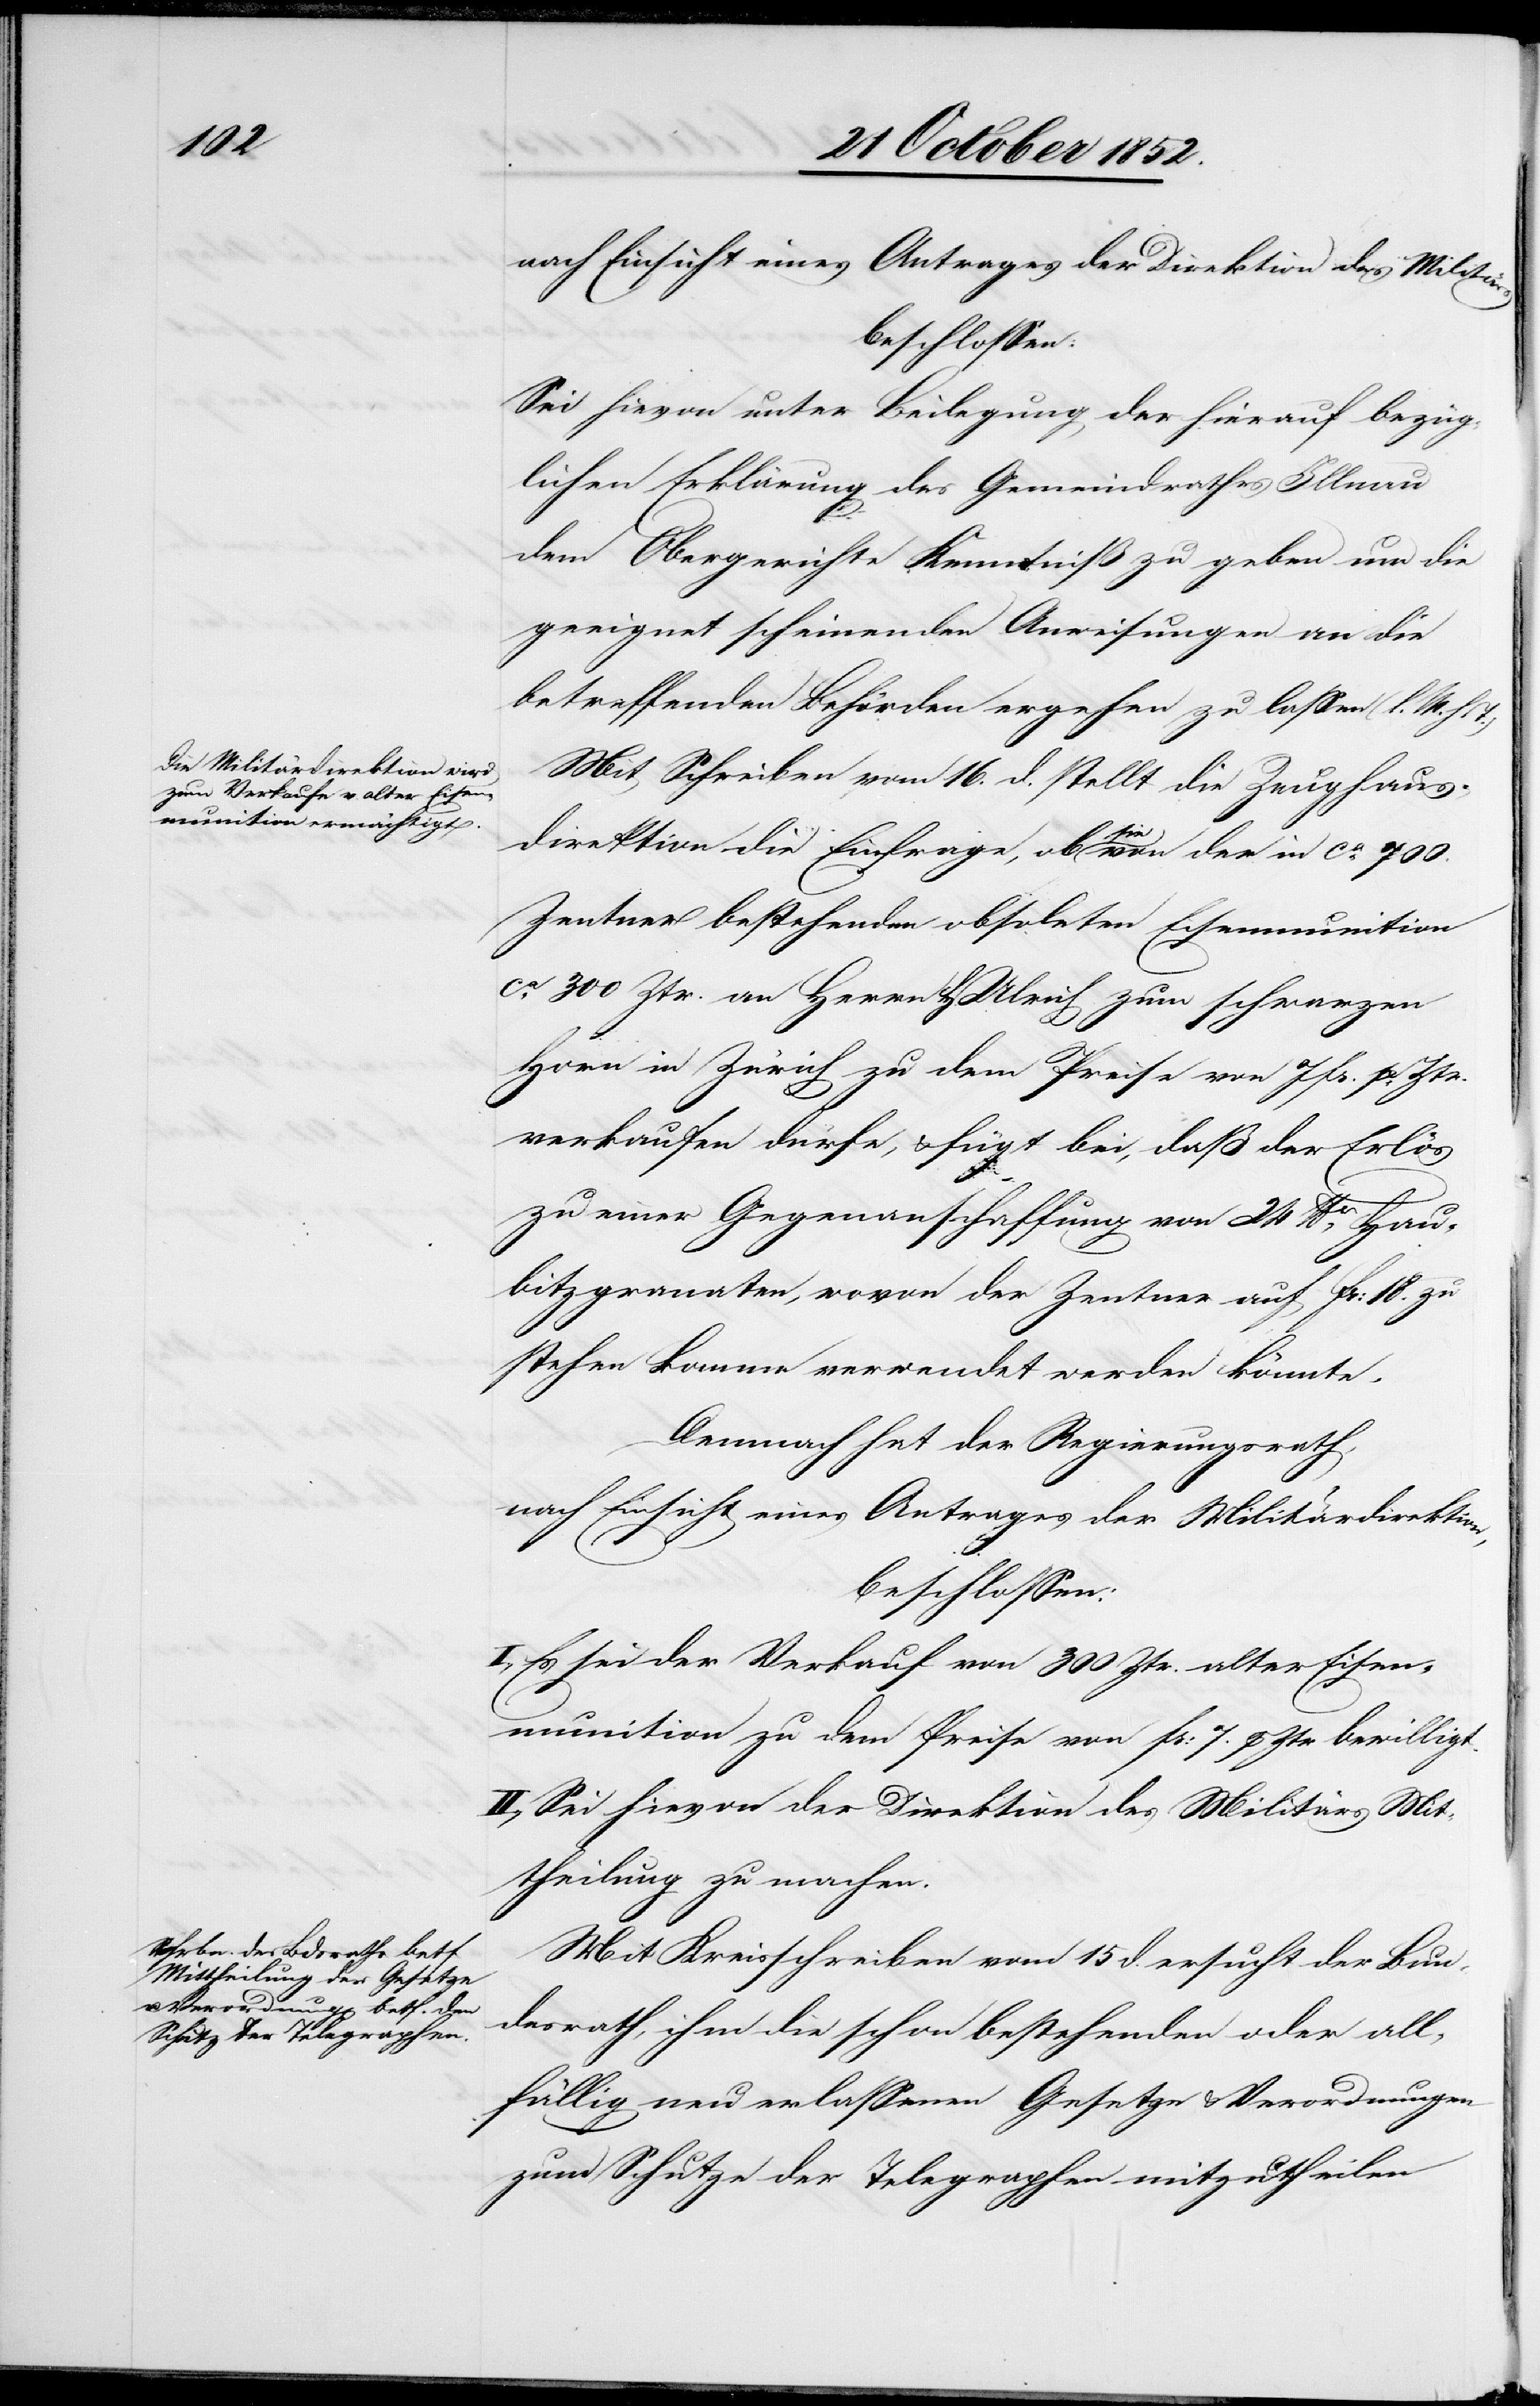
nach Einsicht eines Antrages der Direktion des Militärs
beschlossen:
Sei hievon unter Beilegung der hierauf bezüg¬
lichen Erklärung des Gemeindrathes Illnau
dem Obergerichte Kenntniß zu geben um die
geeignet scheinenden Anweisungen an die
betreffenden Behörden ergehen zu lassen (l. M.
Mit Schreiben vom 16. d. stellt die Zeughaus¬
direktion die Einfrage, ob sie von der in ca. 700.
Zentner bestehenden obsoleten Eisenmunition
ca. 300 Ztr. an Herrn H. Ulrich zum schwarzen
Horn in Zürich zu dem Preise von 7 Fr. p. Ztr.
verkaufen dürfe, & fügt bei, daß der Erlös
zu einer Gegenanschaffung von 24 lber. Hau¬
bitzgranaten, wovon der Zentner auf Fr: 18. zu
stehen komme verwendet werden könnte.
Demnach hat der Regierungsrath,
nach Einsicht eines Antrages der Militärdirektion,
beschlossen:
I., Es sei der Verkauf von 300 Ztr. alter Eisen¬
munition zu dem Preise von Fr: 7. p Ztr. bewilligt.
II., Sei hievon der Direktion des Militärs Mit¬
theilung zu machen.
Mit Kreisschreiben vom 15 d. ersucht der Bun¬
desrath, ihm die schon bestehenden oder all¬
fällig neu erlassenen Gesetze & Verordnungen
zum Schutze der Telegraphen mitzutheilen